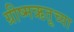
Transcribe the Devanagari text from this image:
ग्रीष्मऋतूच्या